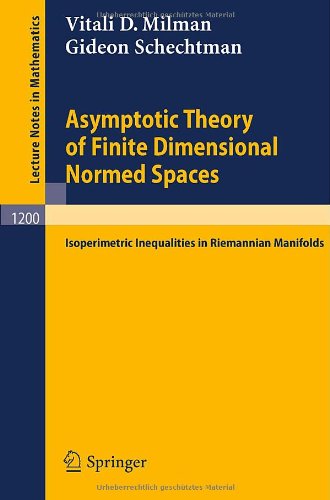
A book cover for Asymptotic Theory of Finite Dimensional Normed Spaces: Isoperimetric Inequalities in Riemannian Manifolds (Lecture Notes in Mathematics); Vitali D. Milman; Science & Math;